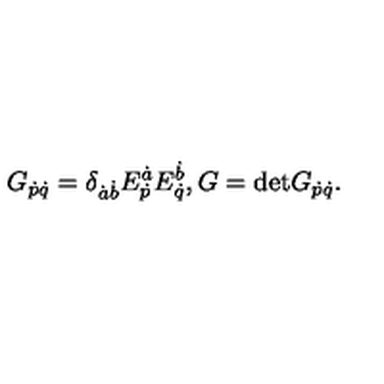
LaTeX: G _ { \dot { p } \dot { q } } = \delta _ { \dot { a } \dot { b } } E _ { \dot { p } } ^ { \dot { a } } E _ { \dot { q } } ^ { \dot { b } } , G = \mathrm { d e t } G _ { \dot { p } \dot { q } } .